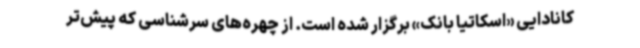
کانادایی «اسکاتیا بانک» برگزار شده است. از چهره‌های سرشناسی که پیش‌تر